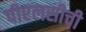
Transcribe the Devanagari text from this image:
पीएलसीची